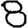
Digit: 8